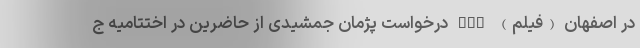
در اصفهان (فیلم) nan درخواست پژمان جمشیدی از حاضرین در اختتامیه ج